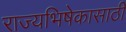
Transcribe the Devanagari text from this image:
राज्यभिषेकासाठी